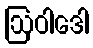
ဩဝါဒေါ